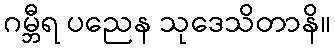
ဂမ္ဘီရ ပညေန သုဒေသိတာနိ။